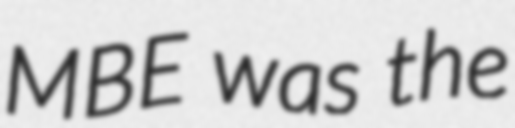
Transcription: MBE was the